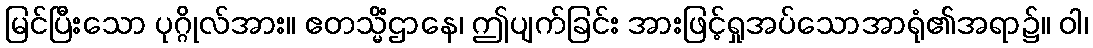
မြင်ပြီးသော ပုဂ္ဂိုလ်အား။ ဧတသ္မိံဌာနေ၊ ဤပျက်ခြင်း အားဖြင့်ရှုအပ်သောအာရုံ၏အရာ၌။ ဝါ၊